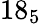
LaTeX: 18_{5}